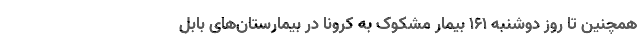
همچنین تا روز دوشنبه ۱۶۱ بیمار مشکوک به کرونا در بیمارستان‌های بابل